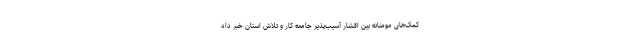
کمک‌های مومنانه بین اقشار آسیب‌پذیر جامعه کار و تلاش استان خبر داد